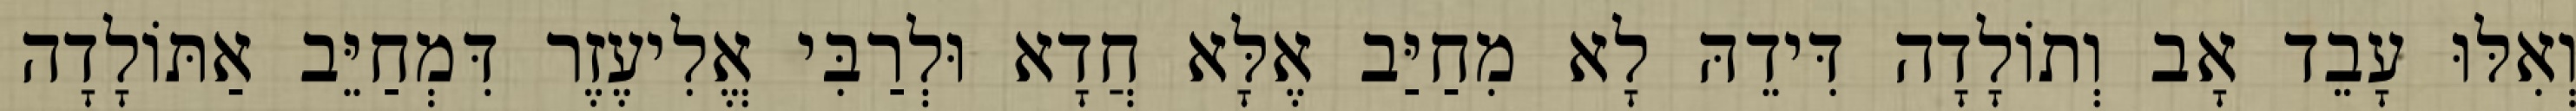
וְאִלּוּ עָבֵד אָב וְתוֹלָדָה דִּידֵהּ לָא מִחַיַּב אֶלָּא חֲדָא וּלְרַבִּי אֱלִיעֶזֶר דִּמְחַיֵּב אַתּוֹלָדָה